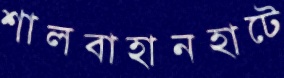
শালবাহানহাটে